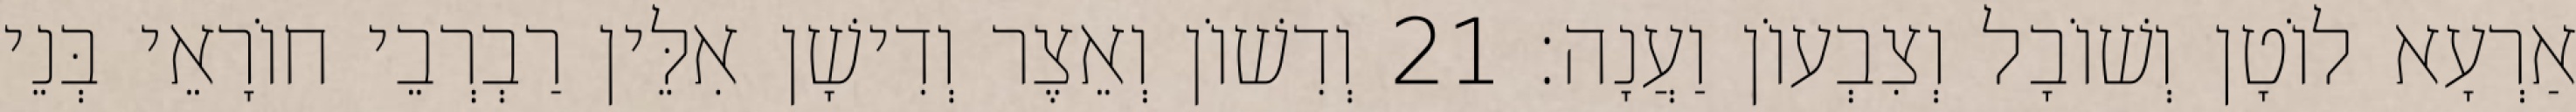
אַרְעָא לוֹטָן וְשׁוֹבָל וְצִבְעוֹן וַעֲנָה׃ 21 וְדִשׁוֹן וְאֵצֶר וְדִישָׁן אִלֵּין רַבְרְבֵי חוֹרָאֵי בְּנֵי